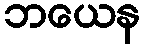
ဘယေန